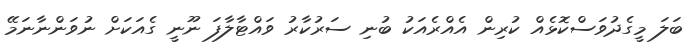
ބަލަ މީގެދުވަސްކޮޅެއް ކުރިން އެއްރެއަކު ބުނި ސަރުކާރު ވައްޓާލާފަ ނޫނީ ގެއަކަށް ނުވަންނާނަމޭ